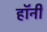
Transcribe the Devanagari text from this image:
हॉनी